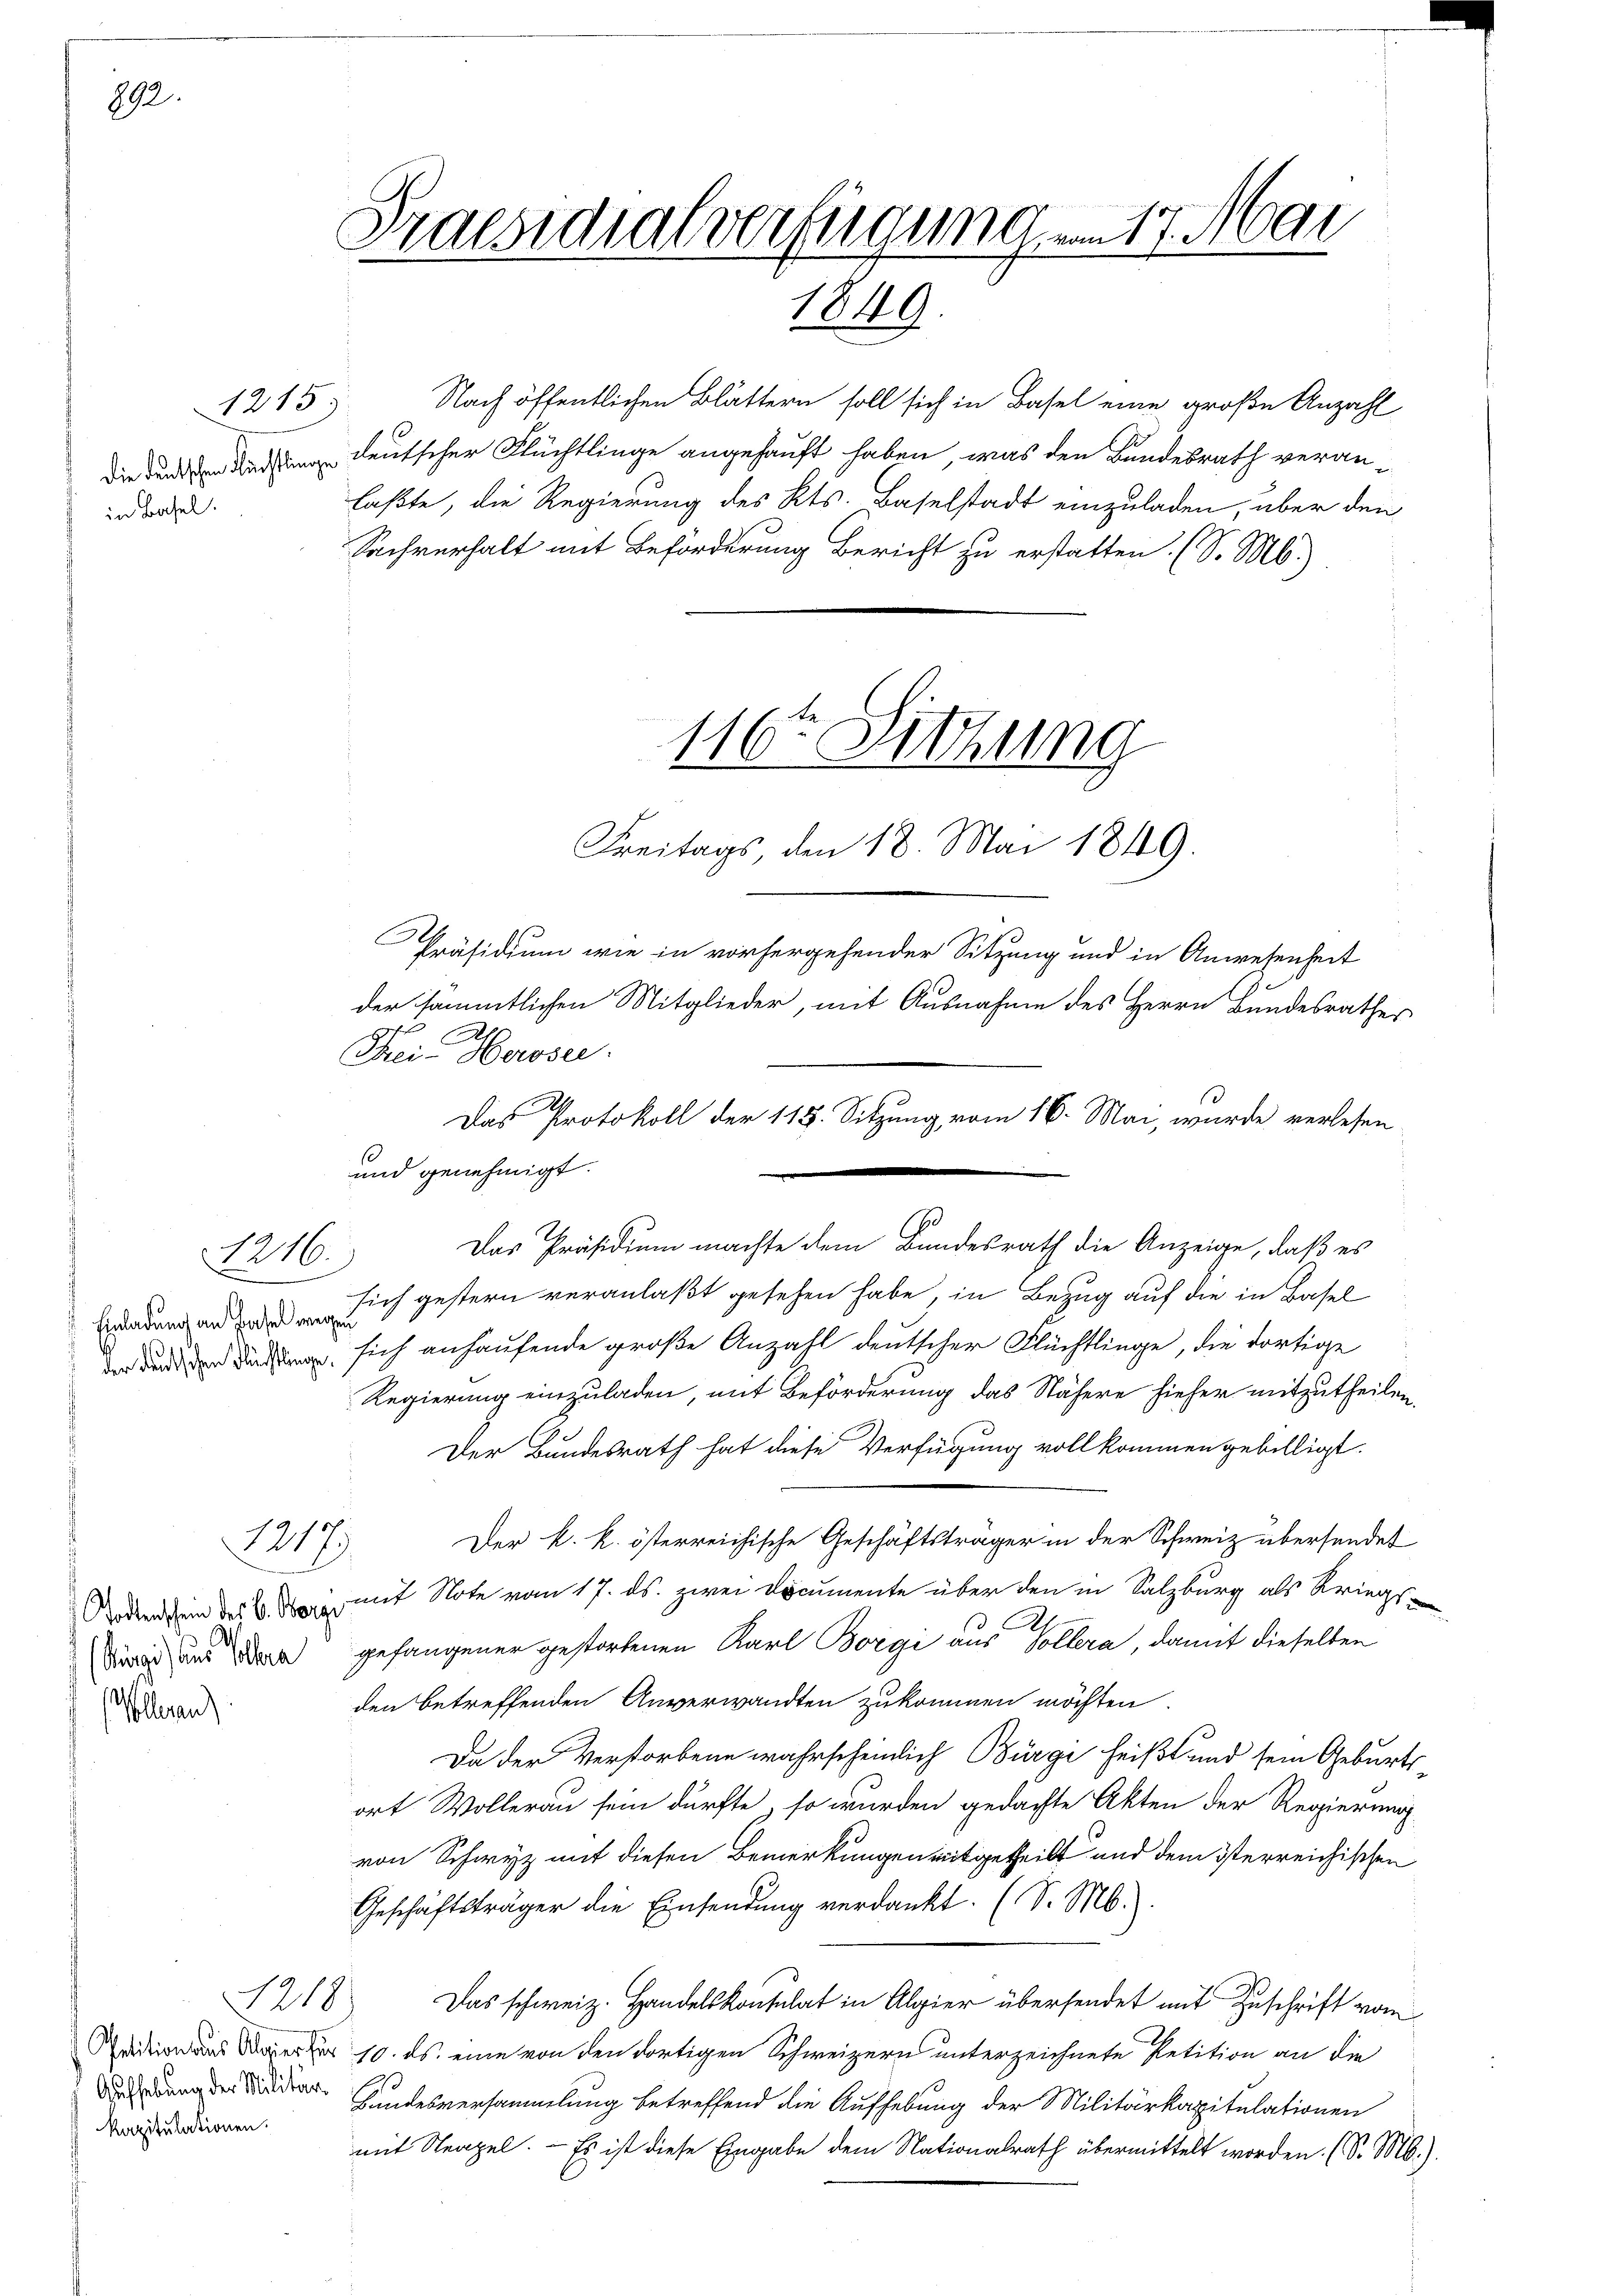
892.

1215)
in Basel.

1216.

Einladung an Hasel wegen

1217.

Todtenschein des C. Borge
lleran

1218
kapitulationen.

Praesidialverfügung am 17. Mai
1849.

Nach öffentlichen Blättern soll sich in Basel eine große Anzahl
 deutscher Flüchtlinge angehauft haben, was den Bundesrath veranlaßte, die Regierung des Kts. Baselstadt einzuladen, über den
Sachverhalt mit Beförderung Bericht zu erstatten. (S. M.

Präsidium wie in vorhergehender Sitzung und in Anwesenheit
der sämmtlichen Mitglieder, mit Ausnahme des Herrn Bundesrathes
Frei Herose.
und genehmigt.
sich gestern veranlaßt gestehen habe, in Bezug auf die in Basel
 sich anhausende große Anzahl deutscher Flüchtlinge, die dortige
Regierung einzuladen, mit Beförderung das Nähere hieher mitzutheilen.
Der Bundesrath hat diese Verfügung vollkommen gebilligt.
Der k. k. österreichische Geschäftsträger in der Schweiz übersendet
mit Note vom 17. ds. zwei Documente über den in Salzburg als Kriegs¬
Si und der gefangener gestorbenen Karl Borgi aus Collera, damit dieselben
den betreffenden Anverwandten zukommen möchten.
Da der Verstorbene wahrscheinlich Bürge heißt und sein Geburtsort Wollerau sein dürfte, so wurden gedachte Akten der Regierung
von Schwyz mit diesen Bemerkungen mitgetheilt und dem iterreichischen
Geschäftsträger die Einsendung verdankt. (S. M.).
Das schweiz. Handelskonsulat in Algier übersendet mit Zuschrift vom
ation der 10. ds. eine von den dortigen Schweizern unterzeichnete Petition an die
 der Handesversammlung betreffend die Aufhebung der Militärkapitulationen
mit Neapel. — Es ist diese Eingabe dem Nationalrath übermittelt worden. (S. M.).

116ten Sitzung

Das Protokoll der 118. Sitzung vom 16. Mai, wurde verlesen
2
Das Präsidium machte dem Bundesrath die Anzeige, daß es

Freitags, den 18. Mai 1849.